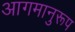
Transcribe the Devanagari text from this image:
आगमानुरूप